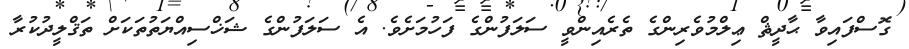
ގޮސްފައިވާ ޙާދީޘް ޢިލްމުވެރިންގެ ތެރެއިންވީ ސަލަފުންގެ ފަހުމަށެވެ. އެ ސަލަފުންގެ ޝަޚްސިއްޔަތުތަކަށް ތަޤްލީދުކުރާ